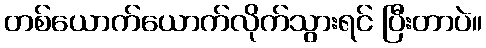
တစ်ယောက်ယောက်လိုက်သွားရင် ပြီးတာပဲ။